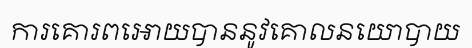
ការគោរពអោយបាននូវគោលនយោបាយ